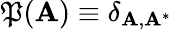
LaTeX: \mathfrak{P}(\mathbf{{A}})\equiv\delta_{\mathbf{{A}},\mathbf{{A}}^{*}}